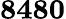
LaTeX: \mathbf{8480}